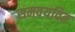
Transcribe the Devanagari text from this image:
समवयवित